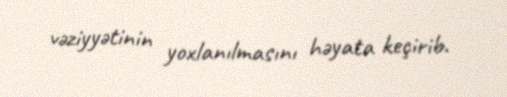
vəziyyətinin yoxlanılmasını həyata keçirib.